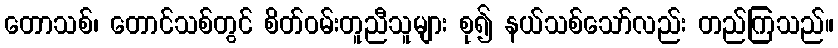
တောသစ်၊ တောင်သစ်တွင် စိတ်ဝမ်းတူညီသူများ စု၍ နယ်သစ်သော်လည်း တည်ကြသည်။